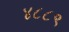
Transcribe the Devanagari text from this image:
४८८९